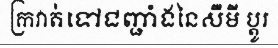
ក្រវាត់ទៅជញ្ជាំងនៃសឺមី ប្តូរ